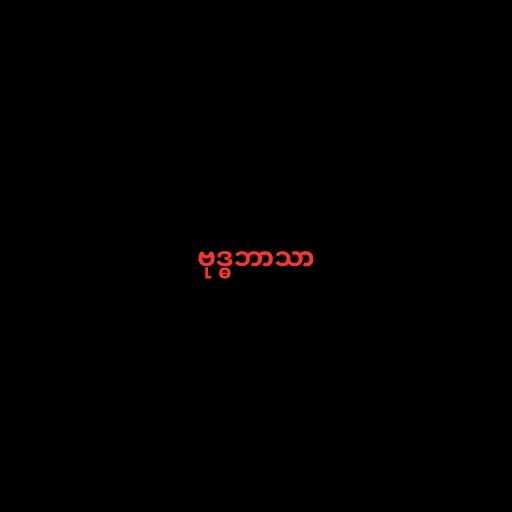
ဗုဒ္ဓဘာသာ